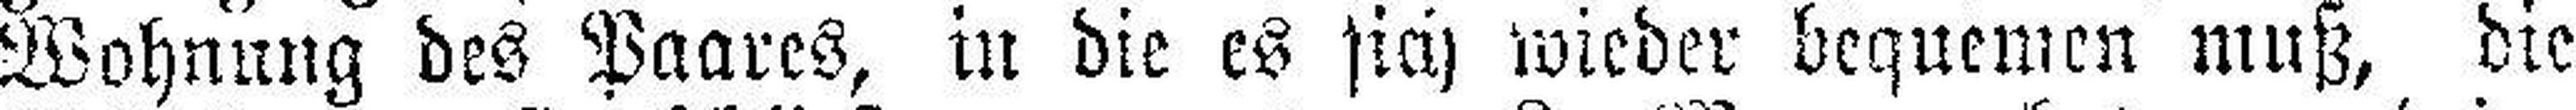
Wohnung des Paares, in die es sich wieder bequemen muß, die